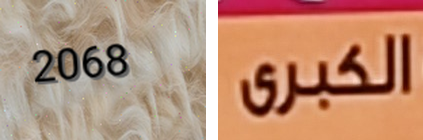
2068 الكبرى